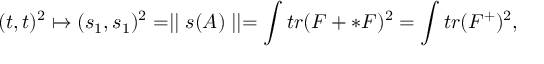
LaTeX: ( t , t ) ^ { 2 } \mapsto ( s _ { 1 } , s _ { 1 } ) ^ { 2 } = \mid \mid s ( A ) \mid \mid = \int t r ( F + * F ) ^ { 2 } = \int t r ( F ^ { + } ) ^ { 2 } ,